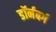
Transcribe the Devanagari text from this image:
डॉर्नबर्ग